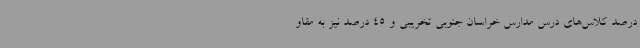
درصد کلاس‌های درس مدارس خراسان جنوبی تخریبی و 45 درصد نیز به مقاو